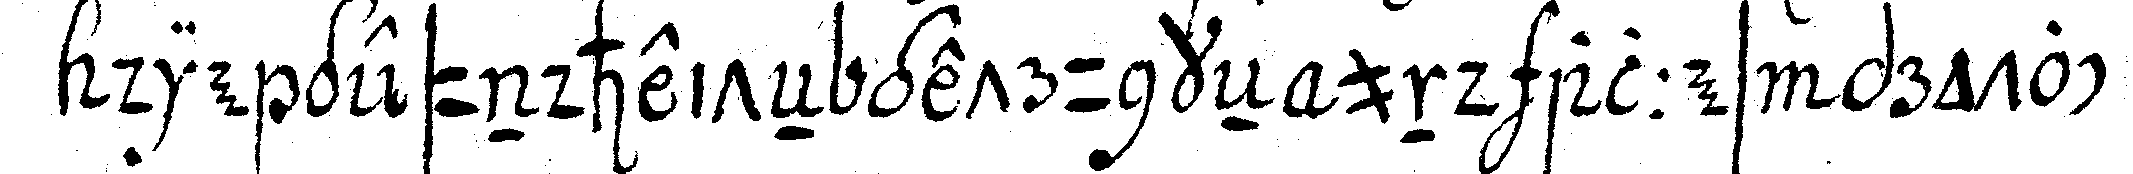
die gesundheiteN getrunkeN und alles protoc